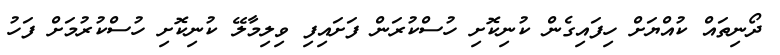
ދޯނިތައް ކުއްޔަށް ހިފައިގެން ކުނިކޮށި ހުސްކުރަން ފަށައިފި ވިލިމާލޭ ކުނިކޮށި ހުސްކުރުމަށް ފަހު